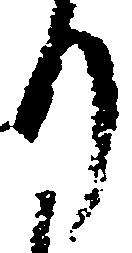
り